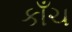
કાઁચ